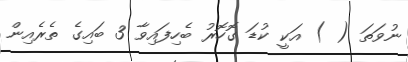
ނުވަތަ ( ) އަކީ ކުޑަ ގޮހޮރު ބެހިފައިވާ 3 ބައިގެ ތެރެއިން